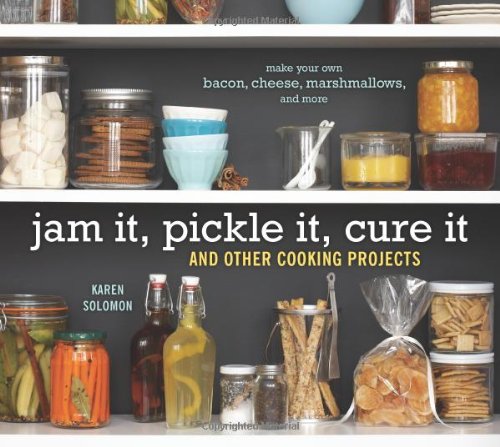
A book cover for Jam It, Pickle It, Cure It: And Other Cooking Projects; Karen Solomon; Cookbooks, Food & Wine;